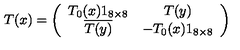
T ( x ) = \left( \begin{array} { c c } { T _ { 0 } ( x ) 1 _ { 8 \times 8 } } & { T ( y ) } \\ { \overline { { T ( y ) } } } & { - T _ { 0 } ( x ) 1 _ { 8 \times 8 } } \\ \end{array} \right)